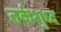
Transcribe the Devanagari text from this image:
तर्कशुध्द